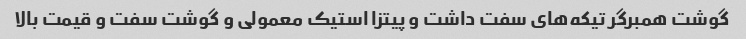
گوشت همبرگر تیکه‌های سفت داشت و پیتزا استیک معمولی و گوشت سفت و قیمت بالا